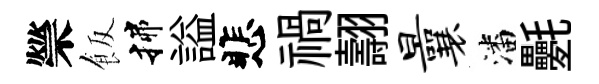
禜飯揲謚悲禍翿曩潘氎